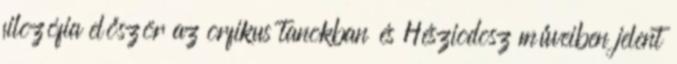
filozófia először az orfikus tanokban és Hésziodosz műveiben jelent